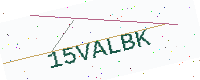
Text: 15VALBK